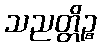
သညတ္တိဉ္စ